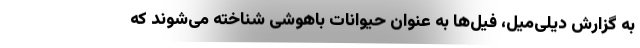
به گزارش دیلی‌میل، فیل‌ها به عنوان حیوانات باهوشی شناخته می‌شوند که